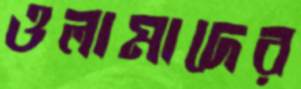
ওলামাদের